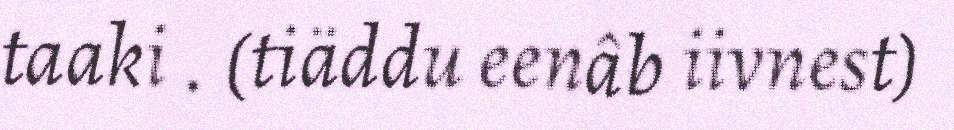
taaki . (tiäddu eenâb iivnest)